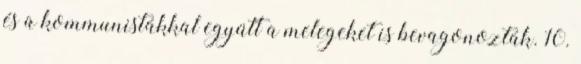
és a kommunistákkal együtt a melegeket is bevagonozták. 10.